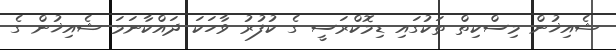
ޝެއިޚުން މިސްކިތް ތަކުގައި ޑިމޮކްރަސީ ގެ ކުފުރު ވާހަކަ ދައްކާނަމަ ޝެއިޚުން ގެ